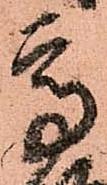
高